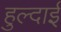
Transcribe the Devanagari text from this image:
हुल्दाई